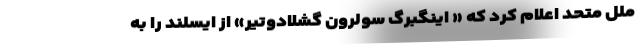
ملل متحد اعلام کرد که « اینگبرگ سولرون گشلادوتیر» از ایسلند را به